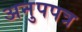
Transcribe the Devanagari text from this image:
अनुपपत्र